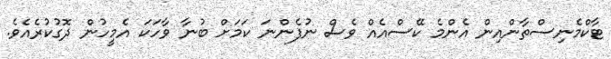
ޓާކްމެނިސްތާންއިން އެންމެ ކޭސްއެއް ވެސް ނުފެންނަ ކަމަށް ބުނާ ވާހަކަ އެމީހުން ދޮގުކުރެއެވެ.